Calcutta medical institutions reports 1871-78
Year: 1871
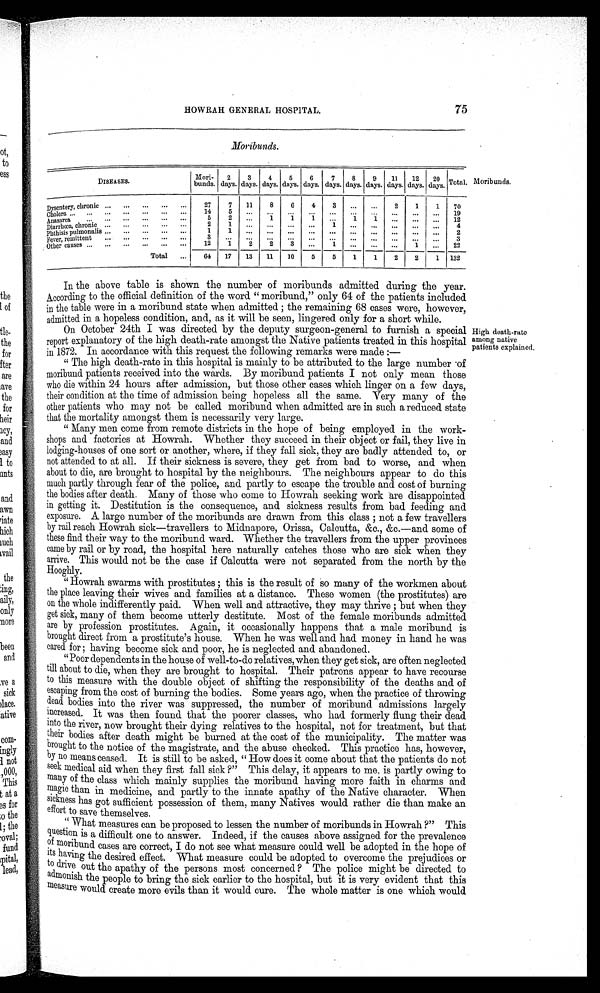
HOWRAH GENERAL HOSPITAL.
75
Moribunds.
DISEASES.
Mori-
bunds.
2
days.
3
days.
4
days.
5
days.
6
days.
7
days.
8
days.
9
days.
11
days.
12
days.
20
days.
Total.
Dysentery, chronic
27
7
11
8
6
4
3
...
...
2
1
1
70
Cholera
1 4 5 ...
. . .
. . .
. . . ...
. . .
. . .
. . .
. . .
. . .
1 9
Anasarca
5
2 ...
1
1
1
. . .
1
1
...
...
...
12
Diarrhœa, chronic
2
1
...
. . .
. . .
. . . 1 ... . . .
...
...
...
4
Phthisis pulmonalis
1
1 ...
. . .
. . .
. . .
. . .
. . .
. . .
. . . ... ...
2
Fever remittent
3 . . . ...
. . .
. . . . . .
. . . . . .
. . .
. . .
. . .
. . .
3
Other causes
12
1 2
2
3 ...
1
. . .
. . .
. . .
. . .
. . .
2 2
Total
64
17
13
11
10
5
5
1
1
2
2
1
132
Moribunds.
In the above table is shown the number of moribunds admitted during the year.
According to the official definition of the word "moribund," only 64 of the patients included
in the table were in a moribund state when admitted ; the remaining 68 cases were, however,
admitted in a hopeless condition, and, as it will be seen, lingered only for a short while.
On October 24th I was directed by the deputy surgeon-general to furnish a special
report explanatory of the high death-rate amongst the Native patients treated in this hospital
in 1872. In accordance with this request the following remarks were made :
— H i g h d e a t h - r a t e
a m o n g n a t i v e
p a t i e n t s e x p l a i n e d .
"The high death-rate in this hospital is mainly to be attributed to the large number of
moribund patients received into the wards. By moribund patients I not only mean those
who die within 24 hours after admission, but those other cases which linger on a few days,
their condition at the time of admission being hopeless all the same. Very many of the
other patients who may not be called moribund when admitted are in such a reduced state
that the mortality amongst them is necessarily very large.
"Many men come from remote districts in the hope of being employed in the work
-
shops and factories at Howrah. Whether they succeed in their object or fail, they live in
lodging-houses of one sort or another, where, if they fall sick, they are badly attended to, or
not attended to at all. If their sickness is severe, they get from bad to worse, and when
about to die, are brought to hospital by the neighbours. The neighbours appear to do this
much partly through fear of the police, and partly to escape the trouble and cost of burning
the bodies after death. Many of those who come to Howrah seeking work are disappointed
in getting it. Destitution is the consequence, and sickness results from bad feeding and
exposure. A large number of the moribunds are drawn from this class ; not a few travellers
by rail reach Howrah sick—travellers to Midnapore, Orissa, Calcutta, &c., &c.—and some of
these find their way to the moribund ward. Whether the travellers from the upper provinces
came by rail or by road, the hospital here naturally catches those who are sick when they
arrive. This would not be the case if Calcutta were not separated from the north by the
Hooghly.
"Howrah swarms with prostitutes ; this is the result of so many of the workmen about
the place leaving their wives and families at a distance. These women (the prostitutes) are
on the whole indifferently paid. When well and attractive, they may thrive ; but when they
get sick, many of them become utterly destitute. Most of the female moribunds admitted
are by profession prostitutes. Again, it occasionally happens that a male moribund is
brought direct from a prostitute's house. When he was well and had money in hand he was
cared for; having become sick and poor, he is neglected and abandoned.
"Poor dependents in the house of well-to-do relatives, when they get sick, are often neglected
till about to die, when they are brought to hospital. Their patrons appear to have recourse
to this measure with the double object of shifting the responsibility of the deaths and of
escaping from the cost of burning the bodies. Some years ago, when the practice of throwing
dead bodies into the river was suppressed, the number of moribund admissions largely
increased. It was then found that the poorer classes, who had formerly flung their dead
into the river, now brought their dying relatives to the hospital, not for treatment, but that
their bodies after death might be burned at the cost of the municipality. The matter was
brought to the notice of the magistrate, and the abuse checked. This practice has, however,
by no means ceased. It is still to be asked, "How does it come about that the patients do not
seek medical aid when they first fall sick ?" This delay, it appears to me, is partly owing to
many of the class which mainly supplies the moribund having more faith in charms and
magic than in medicine, and partly to the innate apathy of the Native character. When
sickness has got sufficient possession of them, many Natives would rather die than make an
effort to save themselves.
" What measures can be proposed to lessen the number of moribunds in Howrah ?" This
question is a difficult one to answer. Indeed, if the causes above assigned for the prevalence
of moribund cases are correct, I do not see what measure could well be adopted in the hope of
its having the desired effect. What measure could be adopted to overcome the prejudices or
to drive out the apathy of the persons most concerned ? The police might be directed to
admonish the people to bring the sick earlier to the hospital, but it is very evident that this
measure would create more evils than it would cure. The whole matter is one which would